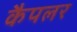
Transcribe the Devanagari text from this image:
कैपलर